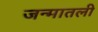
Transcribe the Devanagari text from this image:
जन्मातली